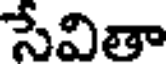
సేవితా